Civil Veterinary Department. Madras. Admin. report 1910-25 - 1910-1925
Year: 1910
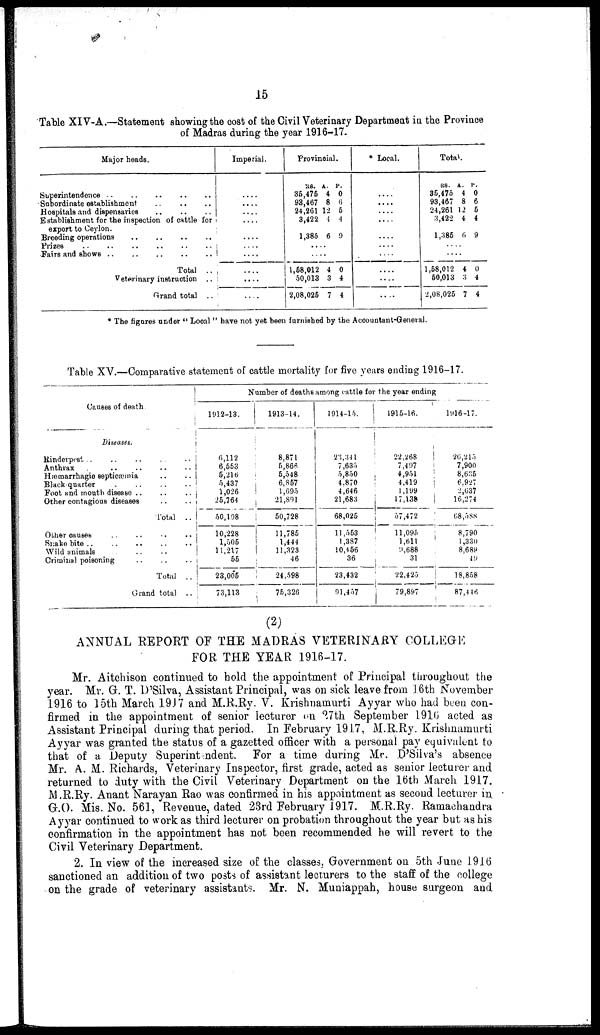
15
Table XIV-A.—Statement showing the cost of the Civil Veterinary Department in the Province
of Madras during the year 1916-17.
Major heads.
Superintendence .. .. .. .. ..
Subordinate establishment
..
..
..
Hospitals and dispensaries
..
..
..
Establishment for the inspection of cattle for
export to Ceylon.
Breeding operations
..
..
..
..
Prizes
..
..
..
..
..
..
Fairs and shows
..
..
..
..
..
Total ..
Veterinary instruction ..
Grand total ..
Imperial.
....
....
....
....
....
....
....
....
....
....
Provincial.
RS.
86,476
93,467
24,261
3,422
1,385
A.
4
8
12
4
6
P.
0
6
6
4
9
....
....
1,68,012
50,018
2,08,026
4
3
7
0
4
4
Local.
....
....
....
....
....
....
....
....
....
....
Total.
RS.
86,475
93,407
24,261
3,422
1,385
A.
4
8
12
4
6
P.
0
6
5
4
9
....
....
1,68,012
50,013
2,08,026
4
3
7
0
4
4
* The figures under " Local " have not yet been furnished by the Accountant-General.
Table XV.—Comparative statement of cattle mortality for five years ending 1916-17.
Causes of death
Diseases.
Rinderpest .. .. .. .. ..
Anthrax .. .. .. ..
Hæmarrbagic septicæmia .. ..
Black quarter . .. .. ..
Foot and mouth disease .. .. ..
Other contagious diseases .. ..
Total ..
Other causes .. .. .. ..
Snake bite ..
..
..
..
Wild animals .. ..
Criminal poisoning .. .. ..
Total ..
Grand total ..
Number of deaths among cattle for the year ending
1912-13.
6,112
6,553
6,216
5,437
1,026
26,764
50,108
10,228
1,506
11,217
55
23,005
73,113
1913-14.
8,871
6,866
6,548
6,867
1,695
21,801
50,728
11,786
1,444
11,323
46
24,598
76,326
1914-15.
23,341
7,635
5,850
4,870
4,646
21,683
68,026
11,553
1,387
10,166
36
23,432
91,457
1915-16.
22,268
7,497
4,951
4,419
1,199
17,138
57,472
11,096
1,611
9,688
31
22,425
79,897
1916-17.
20,215
7,900
8,635
6,927
2,037
16,274
68,588
8,790
1,330
8,689
49
18,858
87,446
(2)
ANNUAL REPORT OF THE MADRAS VETERINARY COLLEGE
FOR THE YEAR 1916-17.
Mr. Aitchison continued to hold the appointment of Principal throughout the
year. Mr. G. T. D'Silva, Assistant Principal, was on sick leave from 16th November
1916 to 15th March 1917 and M.R.Ry. V. Krishnamurti Ayyar who had been con-
firmed in the appointment of senior lecturer on 27th September 1916 acted as
Assistant Principal during that period. In February 1917, M.R.Ry. Krishnamurti
Ayyar was granted the status of a gazetted officer with a personal pay equivalent to
that of a Deputy Superint-ndent. For a time during Mr. D'Silva's absence
Mr. A. M. Richards, Veterinary Inspector, first grade, acted as senior lecturer and
returned to duty with the Civil Veterinary Department on the 16th March 1917.
M.R.Ry. Anant Narayan Rao was confirmed in his appointment as second lecturer in
G.O. Mis. No. 561, Revenue, dated 23rd February 1917. M.R.Ry. Ramachandra
Ayyar continued to work as third lecturer on probation throughout the year but as his
confirmation in the appointment has not been recommended he will revert to the
Civil Veterinary Department.
2. In view of the increased size of the classes, Government on 5th June 1916
sanctioned an addition of two posts of assistant lecturers to the staff of the college
on the grade of veterinary assistants. Mr. N. Muniappah, house surgeon and